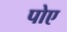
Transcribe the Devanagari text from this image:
पोए